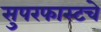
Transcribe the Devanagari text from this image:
सुपरफास्टचे